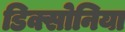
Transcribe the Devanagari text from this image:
डिक्सोनिया